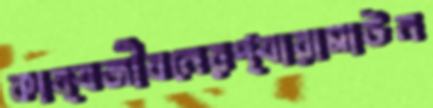
কাব্যজীবনেরপ্যারামাউন